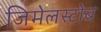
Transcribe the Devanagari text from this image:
जिमेलस्टोब